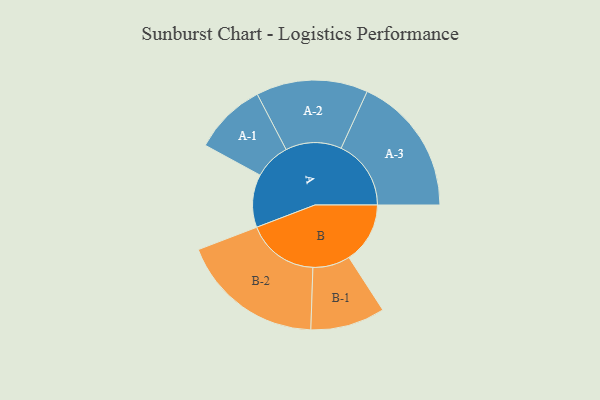
{"axis": {"x": "Segment", "y": "Value"}, "legend": ["", "A", "B"], "data": [{"x": "A", "y": 162, "type": ""}, {"x": "B", "y": 187, "type": ""}, {"x": "A-1", "y": 111, "type": "A"}, {"x": "A-2", "y": 171, "type": "A"}, {"x": "A-3", "y": 214, "type": "A"}, {"x": "B-1", "y": 114, "type": "B"}, {"x": "B-2", "y": 220, "type": "B"}]}